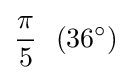
{\pi  \over 5}\ \ (36^{\circ })